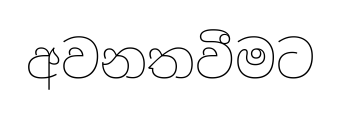
අවනතවීමට